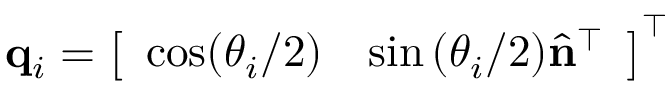
\mathbf { q } _ { i } = \left[ \begin{array} { l l } { \cos ( { \theta _ { i } / 2 } ) } & { \sin { ( \theta _ { i } / 2 ) } \hat { \mathbf { n } } ^ { \top } } \end{array} \right] ^ { \top }